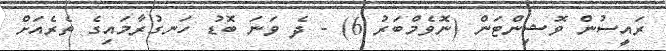
ރައީސުން ވޮޝިންޓަން (ނޮވެމްބަރު 6) - ދެ ވަނަ ބޮޑު ހަނގުރާމައިގެ ތެރެއަށް